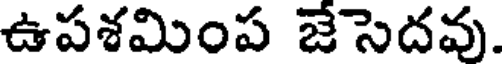
ఉపశమింప జేసెదవు.